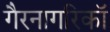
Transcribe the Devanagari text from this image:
गैरनागरिकॉ